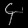
Digit: ၄